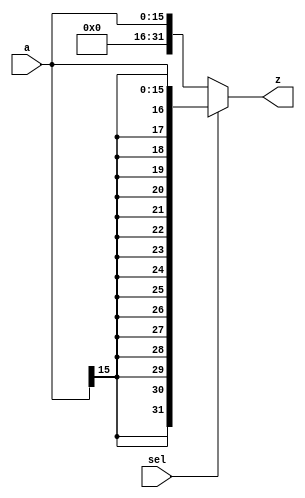
module extender #(parameter inN = 16, outN = 32) (a,sel, z);
    input [inN-1:0] a;
    input sel;
    output [outN-1:0] z;
    reg [outN-1:0] test;

    assign z = test;

    always @*
    begin
	if (sel == 1'b1)	
    	test[outN-1:0] <= { {inN{a[inN-1]}}, a[inN-1:0] };
	else
	test[outN-1:0] <= { 1'b0, a[inN-1:0] };
    end
endmodule

module extender_8 #(parameter inN = 8, outN = 32) (a,sel,z);
    input [inN-1:0] a;
    input sel;
    output [outN-1:0] z;
    reg [outN-1:0] test;

    assign z = test;

    always @*
    begin
	if (sel == 1'b1)	
    	test[outN-1:0] <= { {inN{a[inN-1]}}, a[inN-1:0] };
	else
	test[outN-1:0] <= { 1'b0, a[inN-1:0] };
    end
endmodule

module extender_26 #(parameter inN = 26, outN = 32) (a,sel,z);
    input [inN-1:0] a;
    input sel;
    output [outN-1:0] z;
    reg [outN-1:0] test;

    assign z = test;

    always @*
    begin
	if (sel == 1'b1)	
    	test[outN-1:0] <= { {inN{a[inN-1]}}, a[inN-1:0] };
	else
	test[outN-1:0] <= { 1'b0, a[inN-1:0] };
    end
endmodule